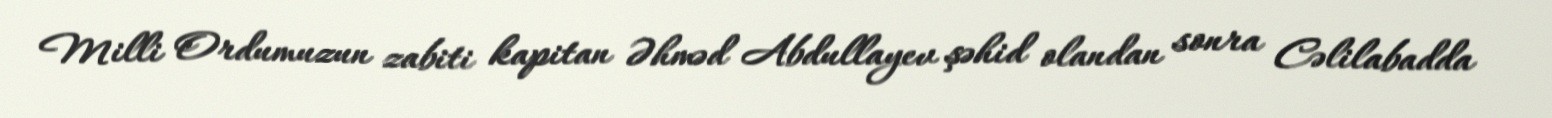
Milli Ordumuzun zabiti kapitan Əhməd Abdullayev şəhid olandan sonra Cəlilabadda